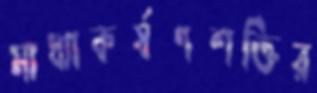
মাধ্যাকর্ষণশক্তির